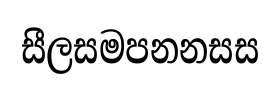
සීලසමපනනසස